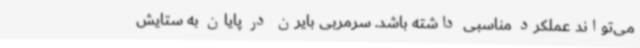
می‌تواند عملکرد مناسبی داشته باشد. سرمربی بایرن در پایان به ستایش